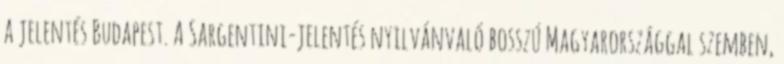
a jelentés Budapest. A Sargentini-jelentés nyilvánvaló bosszú Magyarországgal szemben,